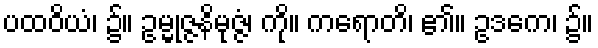
ပထဝိယံ၊ ၌။ ဥမ္မုဇ္ဇနိမုဇ္ဇံ၊ ကို။ ကရောတိ၊ ၏။ ဥဒကေ၊ ၌။